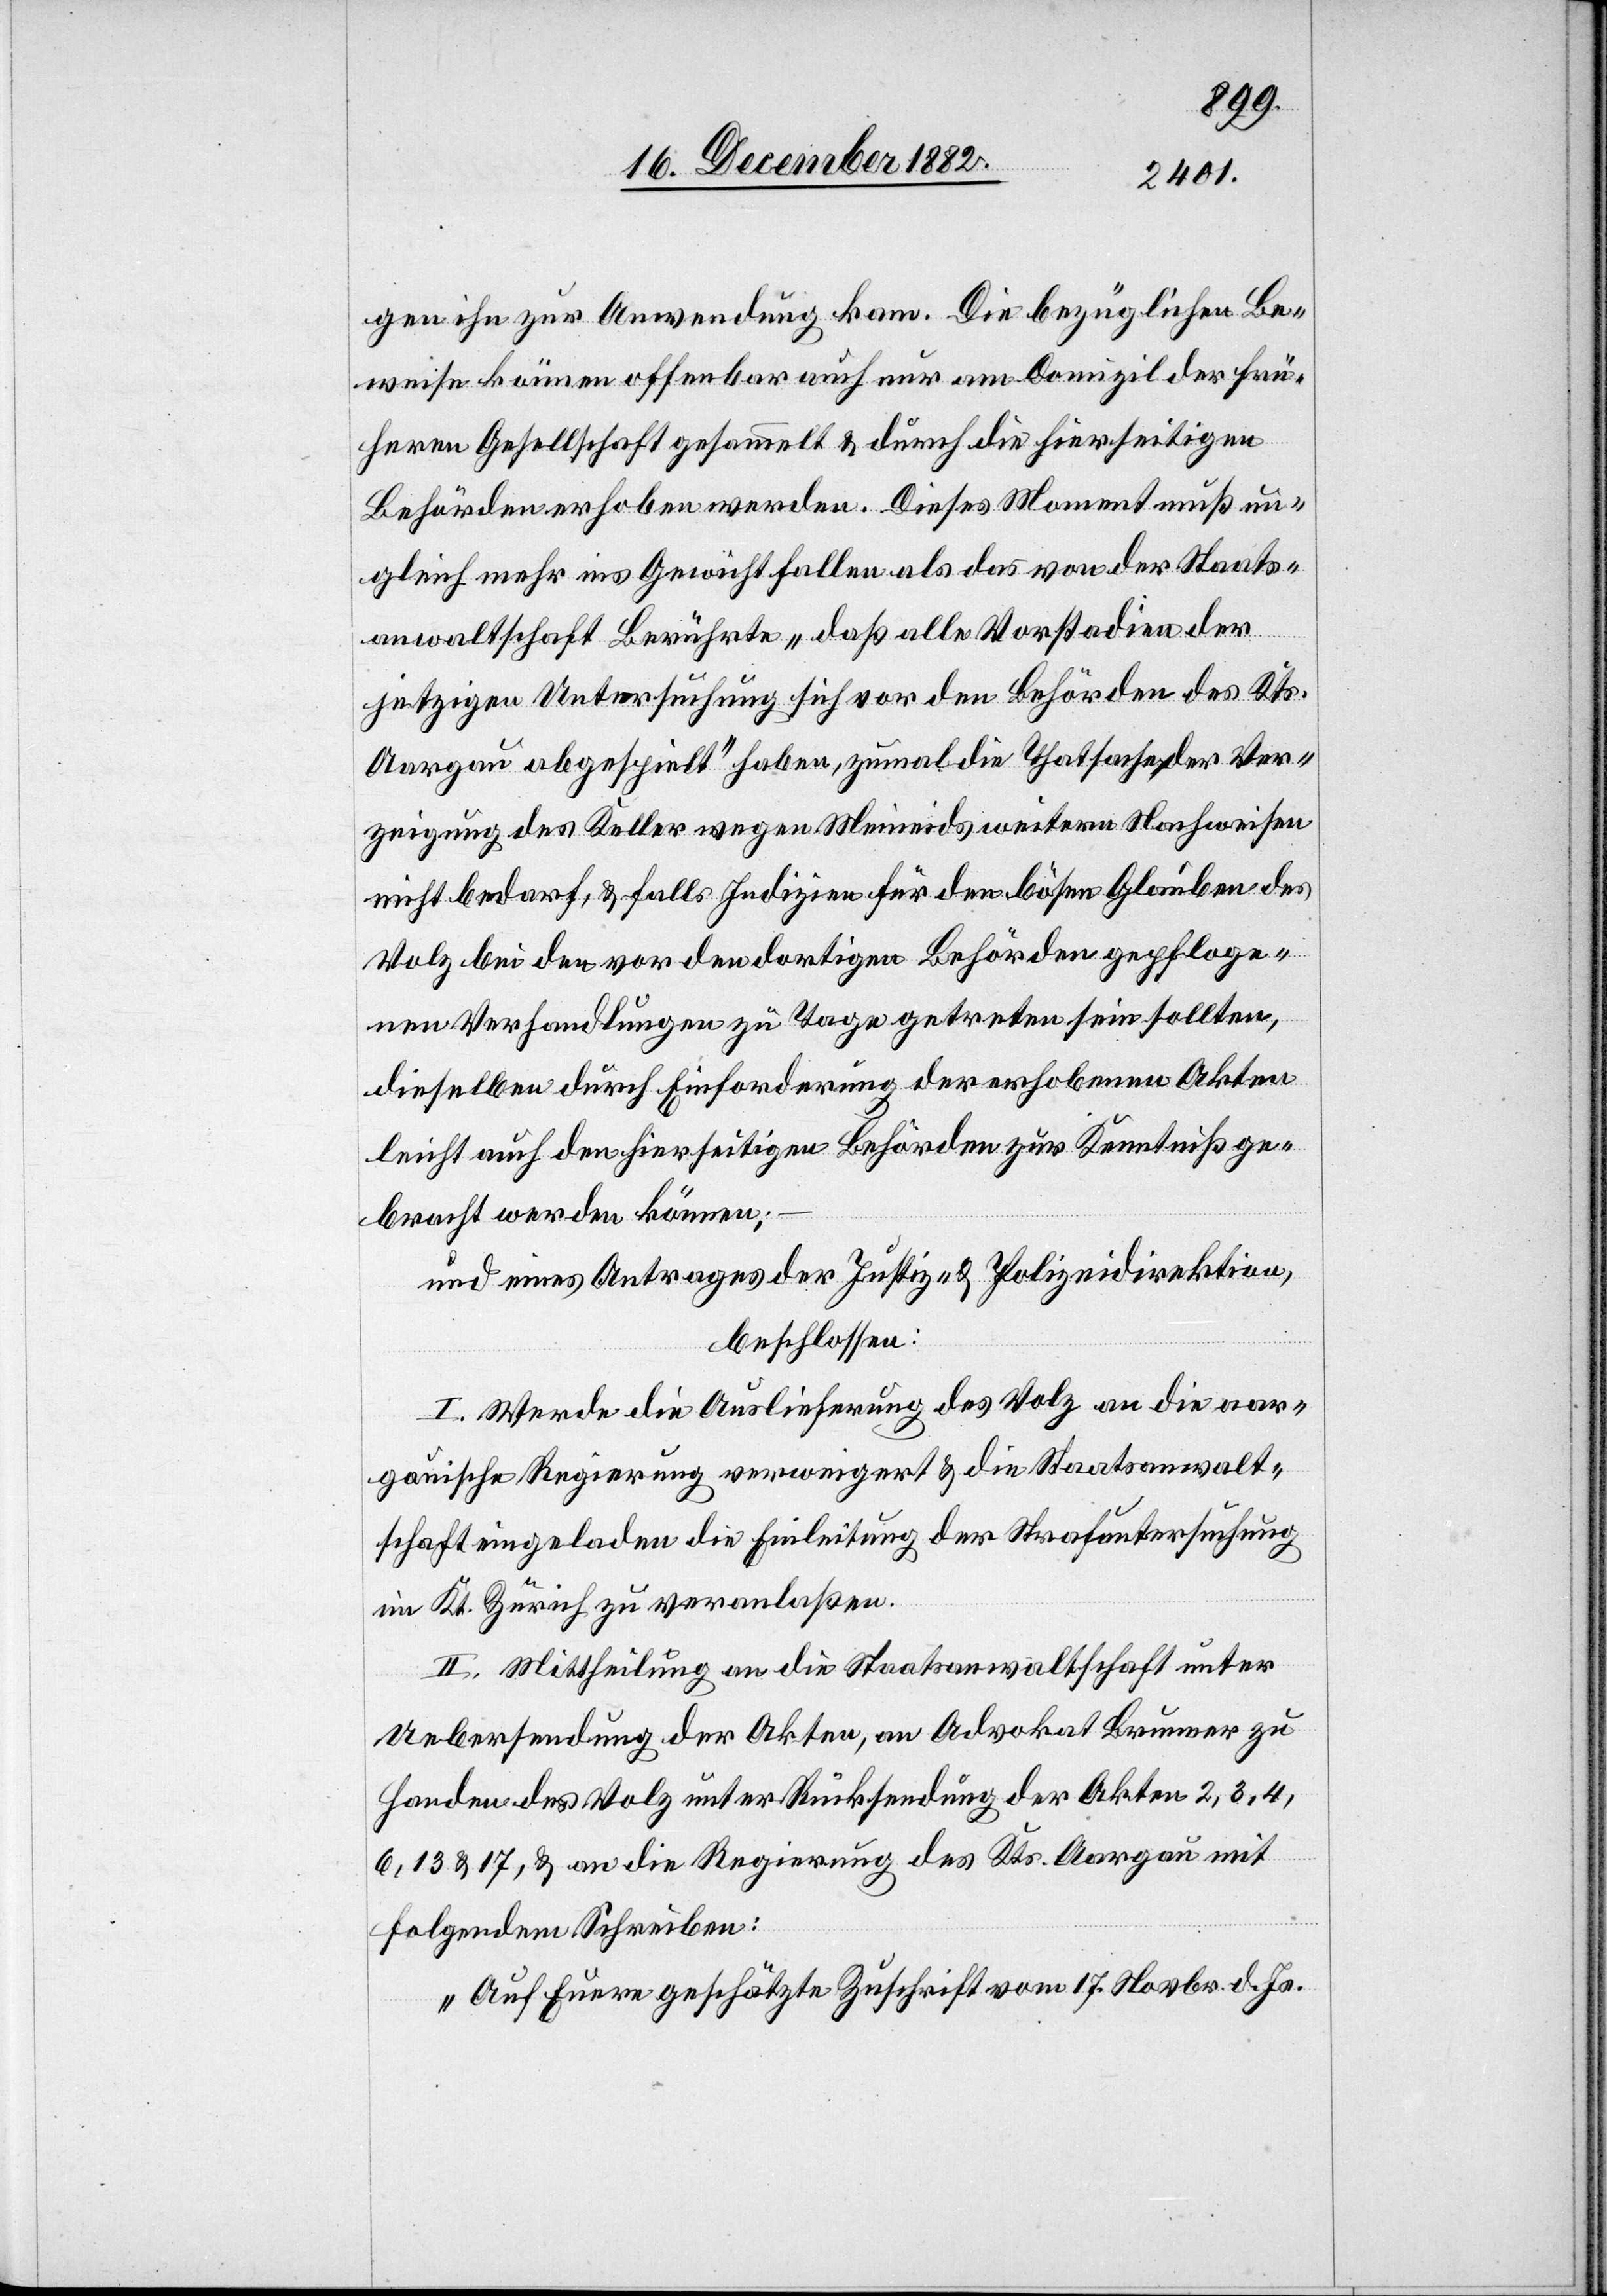
gen ihn zur Anwendung kam. Die bezüglichen Be¬
weise können offenbar auch nur am Domizil der frü¬
hern Gesellschaft gesammelt & durch die hierseitigen
Behörden erhoben werden. Dieses Moment muß un¬
gleich mehr ins Gewicht fallen als das von der Staats¬
anwaltschaft Bewährte „daß alle Vorstadien der
jetzigen Untersuchung sich von den Behörden des Kts.
Aargau abgespielt“ haben, zumal die Thatsache der Ver¬
zeigung des Keller wegen Meineids weitere Nachweise
nicht bedarf, & falls Indizien für den bösen Glauben des
Volz bei den vor den dortigen Behörden gepfloge¬
nen Verhandlungen zu Tage getreten sein sollten,
dieselben durch Einforderung der erhobenen Akten
leicht auch den hierseitigen Behörden zur Kenntniß ge¬
bracht werden können;
und eines Antrages der Justiz- & Polizeidirektion,
beschlossen:
I. Werde die Auslieferung des Volz an die aar¬
gauische Regierung verweigert & die Staatsanwalt¬
schaft eingeladen die Einleitung der Strafuntersuchung
im Kt. Zürich zu veranlaßen.
II. Mittheilung an die Staatsanwaltschaft unter
Uebersendung der Akten, an Advokat Brunner zu
Handen des Volz unter Rücksendung der Akten 2, 3, 4,
6, 13 & 17, & an die Regierung des Kts. Aargau mit
folgendem Schreiben:
„Auf Euere geschätzte Zuschrift vom 17. Novbr. d. Js.